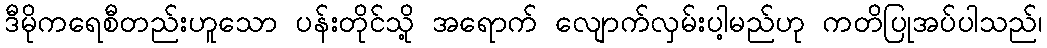
ဒီမိုကရေစီတည်းဟူသော ပန်းတိုင်သို့ အရောက် လျောက်လှမ်းပါ့မည်ဟု ကတိပြုအပ်ပါသည်၊